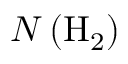
N \left( \mathrm { H } _ { 2 } \right)